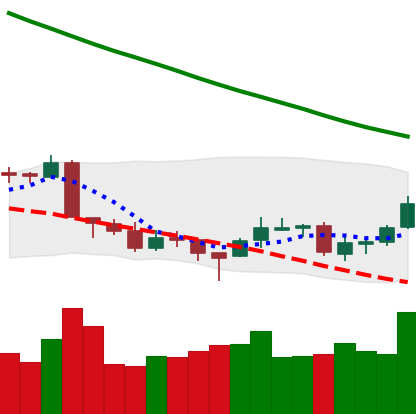
Ticker: LTC-USD
Chart end date: 2018-09-21
Forward return: -5.479%
Label: down_5_7